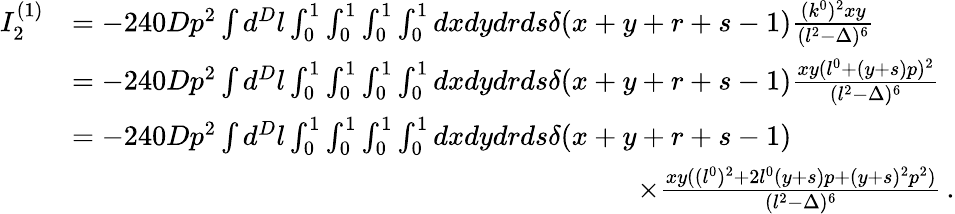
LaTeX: \begin{array}{rl}{I_{2}^{(1)}}&{=-240Dp^{2}\int d^{D}l\int_{0}^{1}\int_{0}^{1}\int_{0}^{1}\int_{0}^{1}dxdydrds\delta(x+y+r+s-1)\frac{(k^{0})^{2}xy}{(l^{2}-\Delta)^{6}}}\\ &{=-240Dp^{2}\int d^{D}l\int_{0}^{1}\int_{0}^{1}\int_{0}^{1}\int_{0}^{1}dxdydrds\delta(x+y+r+s-1)\frac{xy(l^{0}+(y+s)p)^{2}}{(l^{2}-\Delta)^{6}}}\\ &{=-240Dp^{2}\int d^{D}l\int_{0}^{1}\int_{0}^{1}\int_{0}^{1}\int_{0}^{1}dxdydrds\delta(x+y+r+s-1)}\\ &{\quad\quad\quad\quad\quad\quad\quad\quad\quad\quad\quad\quad\quad\quad\quad\quad\quad\quad\quad\quad\times\frac{xy((l^{0})^{2}+2l^{0}(y+s)p+(y+s)^{2}p^{2})}{(l^{2}-\Delta)^{6}}\, .}\end{array}